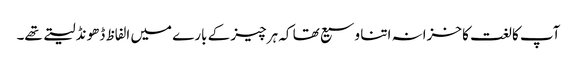
آپ کا لغت کا خزانہ اتنا وسیع تھا کہ ہر چیز کے بارے میں الفاظ ڈھونڈ لیتے تھے۔